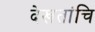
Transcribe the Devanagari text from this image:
देखतांचि